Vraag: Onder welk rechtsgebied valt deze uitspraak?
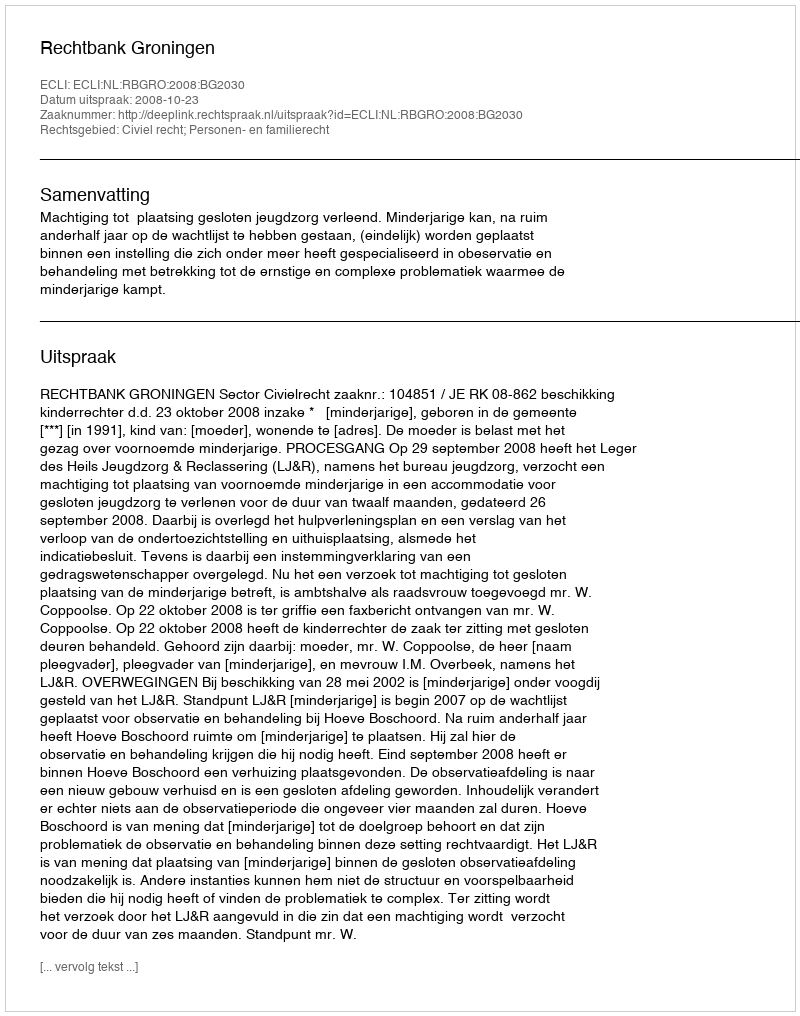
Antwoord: Civiel recht; Personen- en familierecht